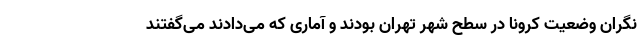
نگران وضعیت کرونا در سطح شهر تهران بودند و آماری که می‌دادند می‌گفتند